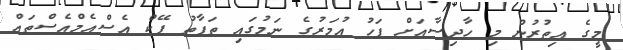
މީގެ އިތުރުން މި ހާދިސާއަށް ފަހު އުމަރުގެ ނަމުގައި ތަފާތު ފޭކް އެސްއެމްއެސްތައް